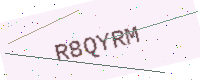
Text: R8QYRM